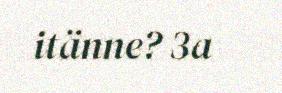
itänne? 3a